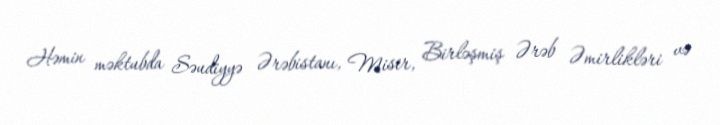
Həmin məktubda Səudiyyə Ərəbistanı, Misir, Birləşmiş Ərəb Əmirlikləri və